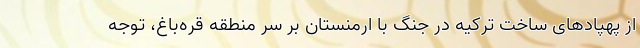
از پهپادهای ساخت ترکیه در جنگ با ارمنستان بر سر منطقه قره‌باغ، توجه